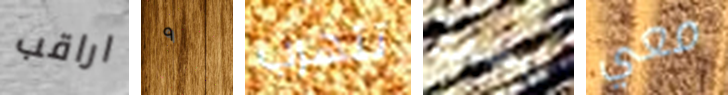
اراقب ٩ تتهرب نبضات معي